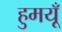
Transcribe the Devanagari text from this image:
हुमयूँ